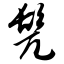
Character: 髡